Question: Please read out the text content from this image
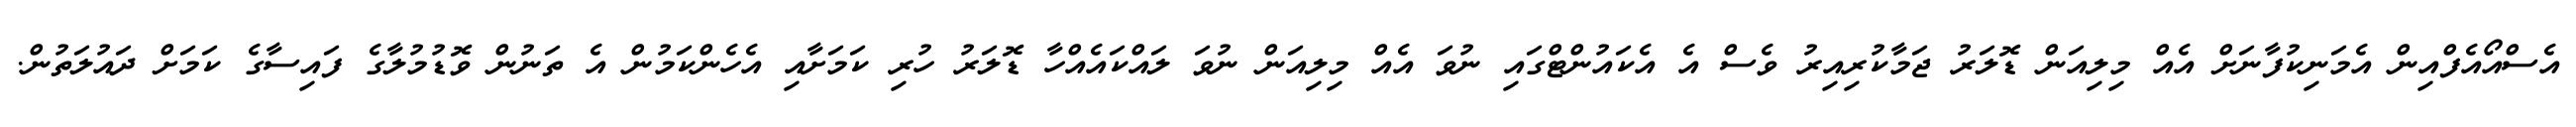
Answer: އެސްއޯއެފްއިން އެމަނިކުފާނަށް އެއް މިލިއަން ޑޮލަރު ޖަމާކުރިއިރު ވެސް އެ އެކައުންޓްގައި ނުވަ އެއް މިލިއަން ނުވަ ލައްކައެއްހާ ޑޮލަރު ހުރި ކަމަށާއި އެހެންކަމުން އެ ތަނުން ވޮޑުމުލާގެ ފައިސާގެ ކަމަށް ދައުލަތުން.